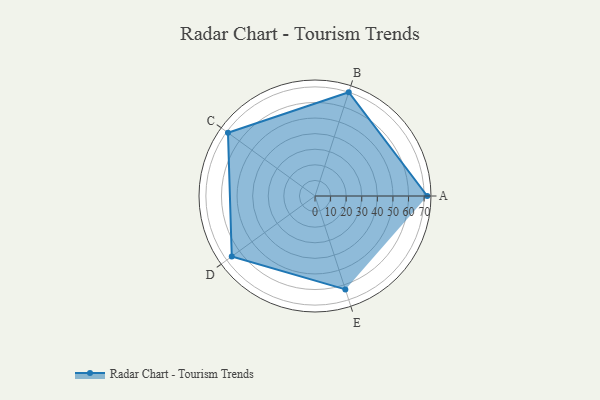
{"axis": {"x": "Skill", "y": "Score"}, "legend": ["Profile"], "data": [{"x": "A", "y": 72.0, "type": "Profile"}, {"x": "B", "y": 70.0, "type": "Profile"}, {"x": "C", "y": 69.0, "type": "Profile"}, {"x": "D", "y": 66.0, "type": "Profile"}, {"x": "E", "y": 63.0, "type": "Profile"}]}